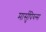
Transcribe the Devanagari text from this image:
मार्सुपिय्ल्स